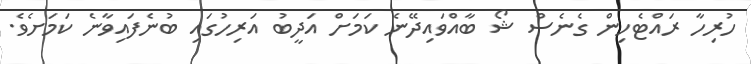
ހުރިހާ ރައްޓެހިން ގެނެސް ޝޯ ބާއްވައިދޭނެ ކަމަށް އަދީބު އަރިހުގައި ބުނެފައިވާނެ ކަމަށެވެ.